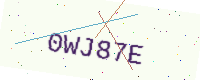
Text: 0WJ87E